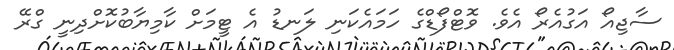
ސާޖިއޯ އަގުއެރޯ އެވެ. ވޮޓްފޯޑްގެ ހަމައެކަނި ލަނޑު އެ ޓީމަށް ކާމިޔާބުކޮށްދިނީ ގްރޭ